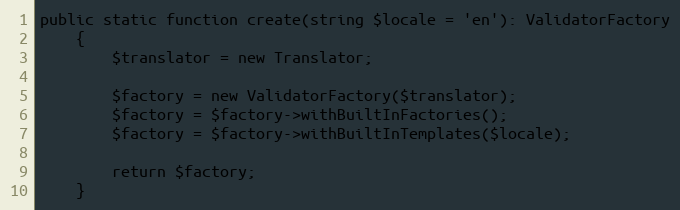
Language: PHP
public static function create(string $locale = 'en'): ValidatorFactory
    {
        $translator = new Translator;

        $factory = new ValidatorFactory($translator);
        $factory = $factory->withBuiltInFactories();
        $factory = $factory->withBuiltInTemplates($locale);

        return $factory;
    }